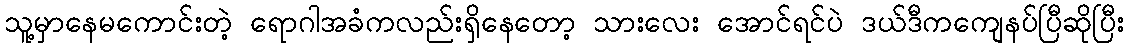
သူ့မှာနေမကောင်းတဲ့ ရောဂါအခံကလည်းရှိနေတော့ သားလေး အောင်ရင်ပဲ ဒယ်ဒီကကျေနပ်ပြီဆိုပြီး